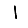
Digit: 1